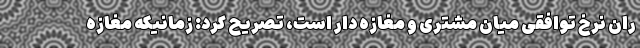
ران نرخ توافقی میان مشتری و مغازه دار است، تصریح کرد: زمانیکه مغازه